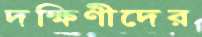
দক্ষিণীদের